Vaccination in Burma 1889-1999 - 1889-1999
Year: 1889
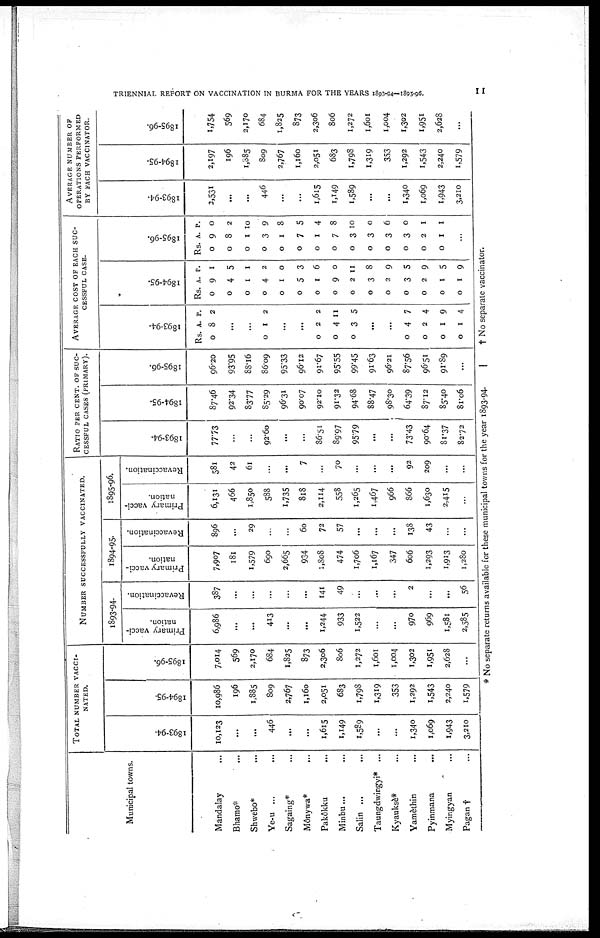
TRIENNIAL REPORT ON VACCINATION IN BURMA FOR THE YEARS 1893-94—1895-96.
11
Municipal towns.
Mandalay ...
Bhamo* ...
Shwebo* ...
Ye-u ... ...
Sagaing* ...
Mônywa*
...
Pakôkku ...
Minbu... ...
Salin ... ...
Taungdwingyi* ...
Kyauksè* ...
Yamèthin ...
Pyinmana ...
Myingyan ...
Pagan † ...
TOTAL NUMBER VACCI-
NATED.
1893-94.
10,123
...
...
446
...
...
1,615
1,149
1,589
...
...
1,340
1,069
1,943
3,210
1894-95.
10,986
196
1,885
809
2,767
1,160
2,051
683
1,798
1,319
353
1,292
1,543
2,240
1,579
1895-96.
7,014
569
2,170
684
1,825
873
2,306
806
1,272
1,601
1,004
1,302
1,951
2,628
...
NUMBER SUCCESSFULLY VACCINATED.
1893-94.
Primary vacci-
nation.
6,986
...
...
413
...
...
1,244
933
1,522
...
...
970
969
1,581
2,585
Revaccination.
387
...
...
...
...
...
141
49
...
...
...
2
...
...
56
1894-95.
Primary vacci-
nation.
7,907
181
1,579
690
2,665
934
1,808
474
1,706
1,167
347
606
1,293
1,913
1,280
Revaccination.
896
...
29
...
...
60
72
57
...
...
...
138
43
...
...
1895-96.
Primary vacci-
nation.
6,131
466
1,850
588
1,735
818
2,114
558
1,265
1,467
966
866
1,630
2,415
...
Revaccination.
581
42
61
...
...
7
...
70
...
...
...
92
209
...
...
RATIO PER CENT. OF SUC-
CESSFUL CASES (PRIMARY).
1893-94.
77.73
...
...
92.60
...
...
86.51
89.97
95.79
...
...
73.43
90.64
81.37
82.72
1894-95.
87.46
92.34
83.77
85.29
96.31
90.07
92.10
91.32
94.68
88.47
98.30
64.39
87.12
85.40
81.06
1895-96.
96.20
93.95
88.16
86.09
95.33
96.12
91.67
95.55
99.45
91.62
96.21
87.56
96.51
91.89
...
AVERAGE COST OF EACH SUC-
CESSFUL CASE.
1893-94.
Rs.
0
A.
8
P.
2
...
...
0
1 2
...
...
0
0
0
2
4
3
2
11
5
...
...
0
0
0
0
4
2
1
1
7
4
9
4
1894-95.
Rs.
0
0
0
0
0
0
0
0
0
0
0
0
0
0
0
A.
9
4
1
4
1
5
1
9
2
3
2
3
2
1
1
P.
1
5
1
2
0
3
6
0
11
8
9
5
9
5
9
1895-96.
Rs.
0
0
0
0
0
0
0
0
0
0
0
0
0
0
A.
9
8
1
3
1
7
1
7
3
3
3
3
2
1
P.
0
2
10
9
8
5
4
8
10
0
6
0
1
1
...
AVERAGE NUMBER OF
OPERATIONS PERFORMED
BY EACH VACCINATOR.
1893-94.
2,531
...
...
446
...
...
1,615
1,149
1,589
...
...
1,340
1,069
1,943
3,210
1894-95.
2,197
196
1,885
809
2,767
1,160
2,051
683
1,798
1,319
353
1,292
1,543
2,240
1,579
1895-96.
1,754
569
2,170
684
1,825
873
2,306
806
1,272
1,601
1,004
1,302
1,951
2,628
...
* No separate returns available for these municipal towns for the year 1893-94.
† No separate vaccinator.